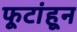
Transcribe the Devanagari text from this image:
फूटांहून